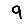
Digit: 9